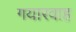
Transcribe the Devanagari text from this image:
गयारवाह